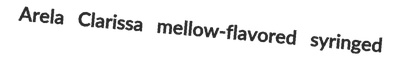
Arela Clarissa mellow-flavored syringed